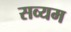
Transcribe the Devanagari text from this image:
सव्यम